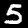
Label: 5